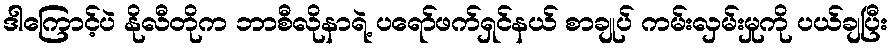
ဒါကြောင့်ပဲ နိုလီတိုက ဘာစီလိုနာရဲ့ ပရော်ဖက်ရှင်နယ် စာချုပ် ကမ်းလှမ်းမှုကို ပယ်ချပြီး